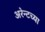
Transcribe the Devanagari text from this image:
अरेन्टच्या